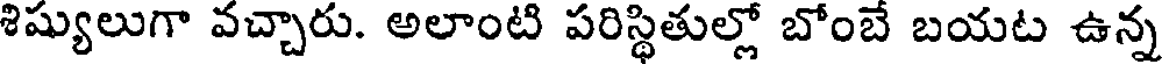
శిష్యులుగా వచ్చారు. అలాంటి పరిస్థితుల్లో బోంబే బయట ఉన్న